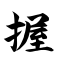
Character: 握